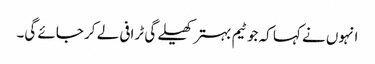
انہوں نے کہا کہ جو ٹیم بہتر کھیلے گی ٹرافی لے کر جائے گی۔